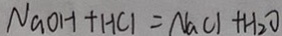
N a O H + H C l = N a C l + H _ { 2 } O